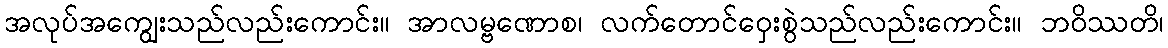
အလုပ်အကျွေးသည်လည်းကောင်း။ အာလမ္ဗဏောစ၊ လက်တောင်ဝှေးစွဲသည်လည်းကောင်း။ ဘဝိဿတိ၊